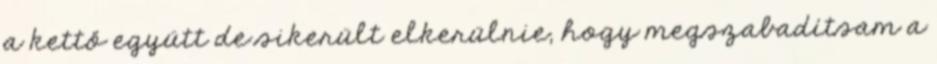
a kettő együtt de sikerült elkerülnie, hogy megszabadítsam a